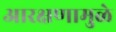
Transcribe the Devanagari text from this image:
आरक्षणामुळे